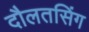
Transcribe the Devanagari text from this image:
दौलतसिंग